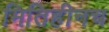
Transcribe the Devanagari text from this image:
मितिहीनच